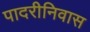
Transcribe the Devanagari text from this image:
पादरीनिवास